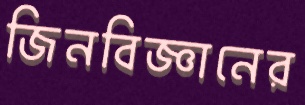
জিনবিজ্ঞানের